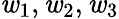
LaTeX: \mathit{w}_{1},\mathit{w}_{2},\mathit{w}_{3}